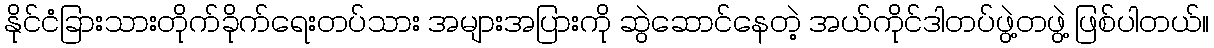
နိုင်ငံခြားသားတိုက်ခိုက်ရေးတပ်သား အများအပြားကို ဆွဲဆောင်နေတဲ့ အယ်ကိုင်ဒါတပ်ဖွဲ့တဖွဲ့ ဖြစ်ပါတယ်။